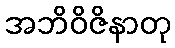
အဘိဝိဇိနာတု